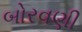
બોરવણી